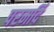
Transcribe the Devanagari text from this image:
परमर्दि